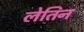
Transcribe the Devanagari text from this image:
लेतिन